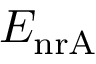
E _ { \mathrm { n r A } }